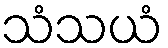
သံသယံ